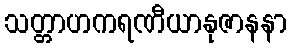
သတ္တာဟကရဏီယာနုဇာနနာ